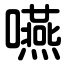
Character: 嚥